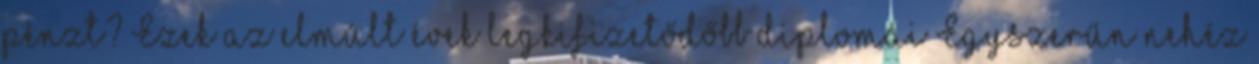
pénzt? Ezek az elmúlt évek legkifizetődőbb diplomái Egyszerűn nehéz